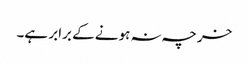
خرچہ نہ ہونے کے برابر ہے۔